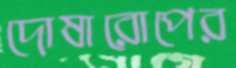
দোষারোপের